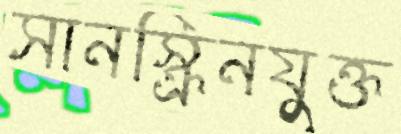
সানস্ক্রিনযুক্ত